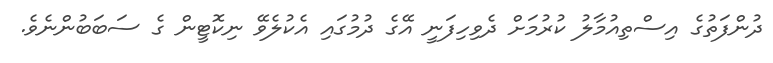
ދުންފަތުގެ އިސްތިއުމާލު ކުރުމަށް ދެވިހިފަނީ އޭގެ ދުމުގައި އެކުލެވޭ ނިކޮޓީން ގެ ސަބަބުންނެވެ.